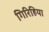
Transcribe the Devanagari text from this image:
गिरिहिया